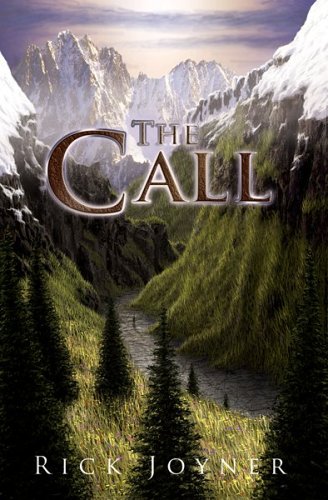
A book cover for The Call; Rick Joyner; Christian Books & Bibles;